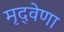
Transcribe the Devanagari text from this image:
मृद्‌वेणा